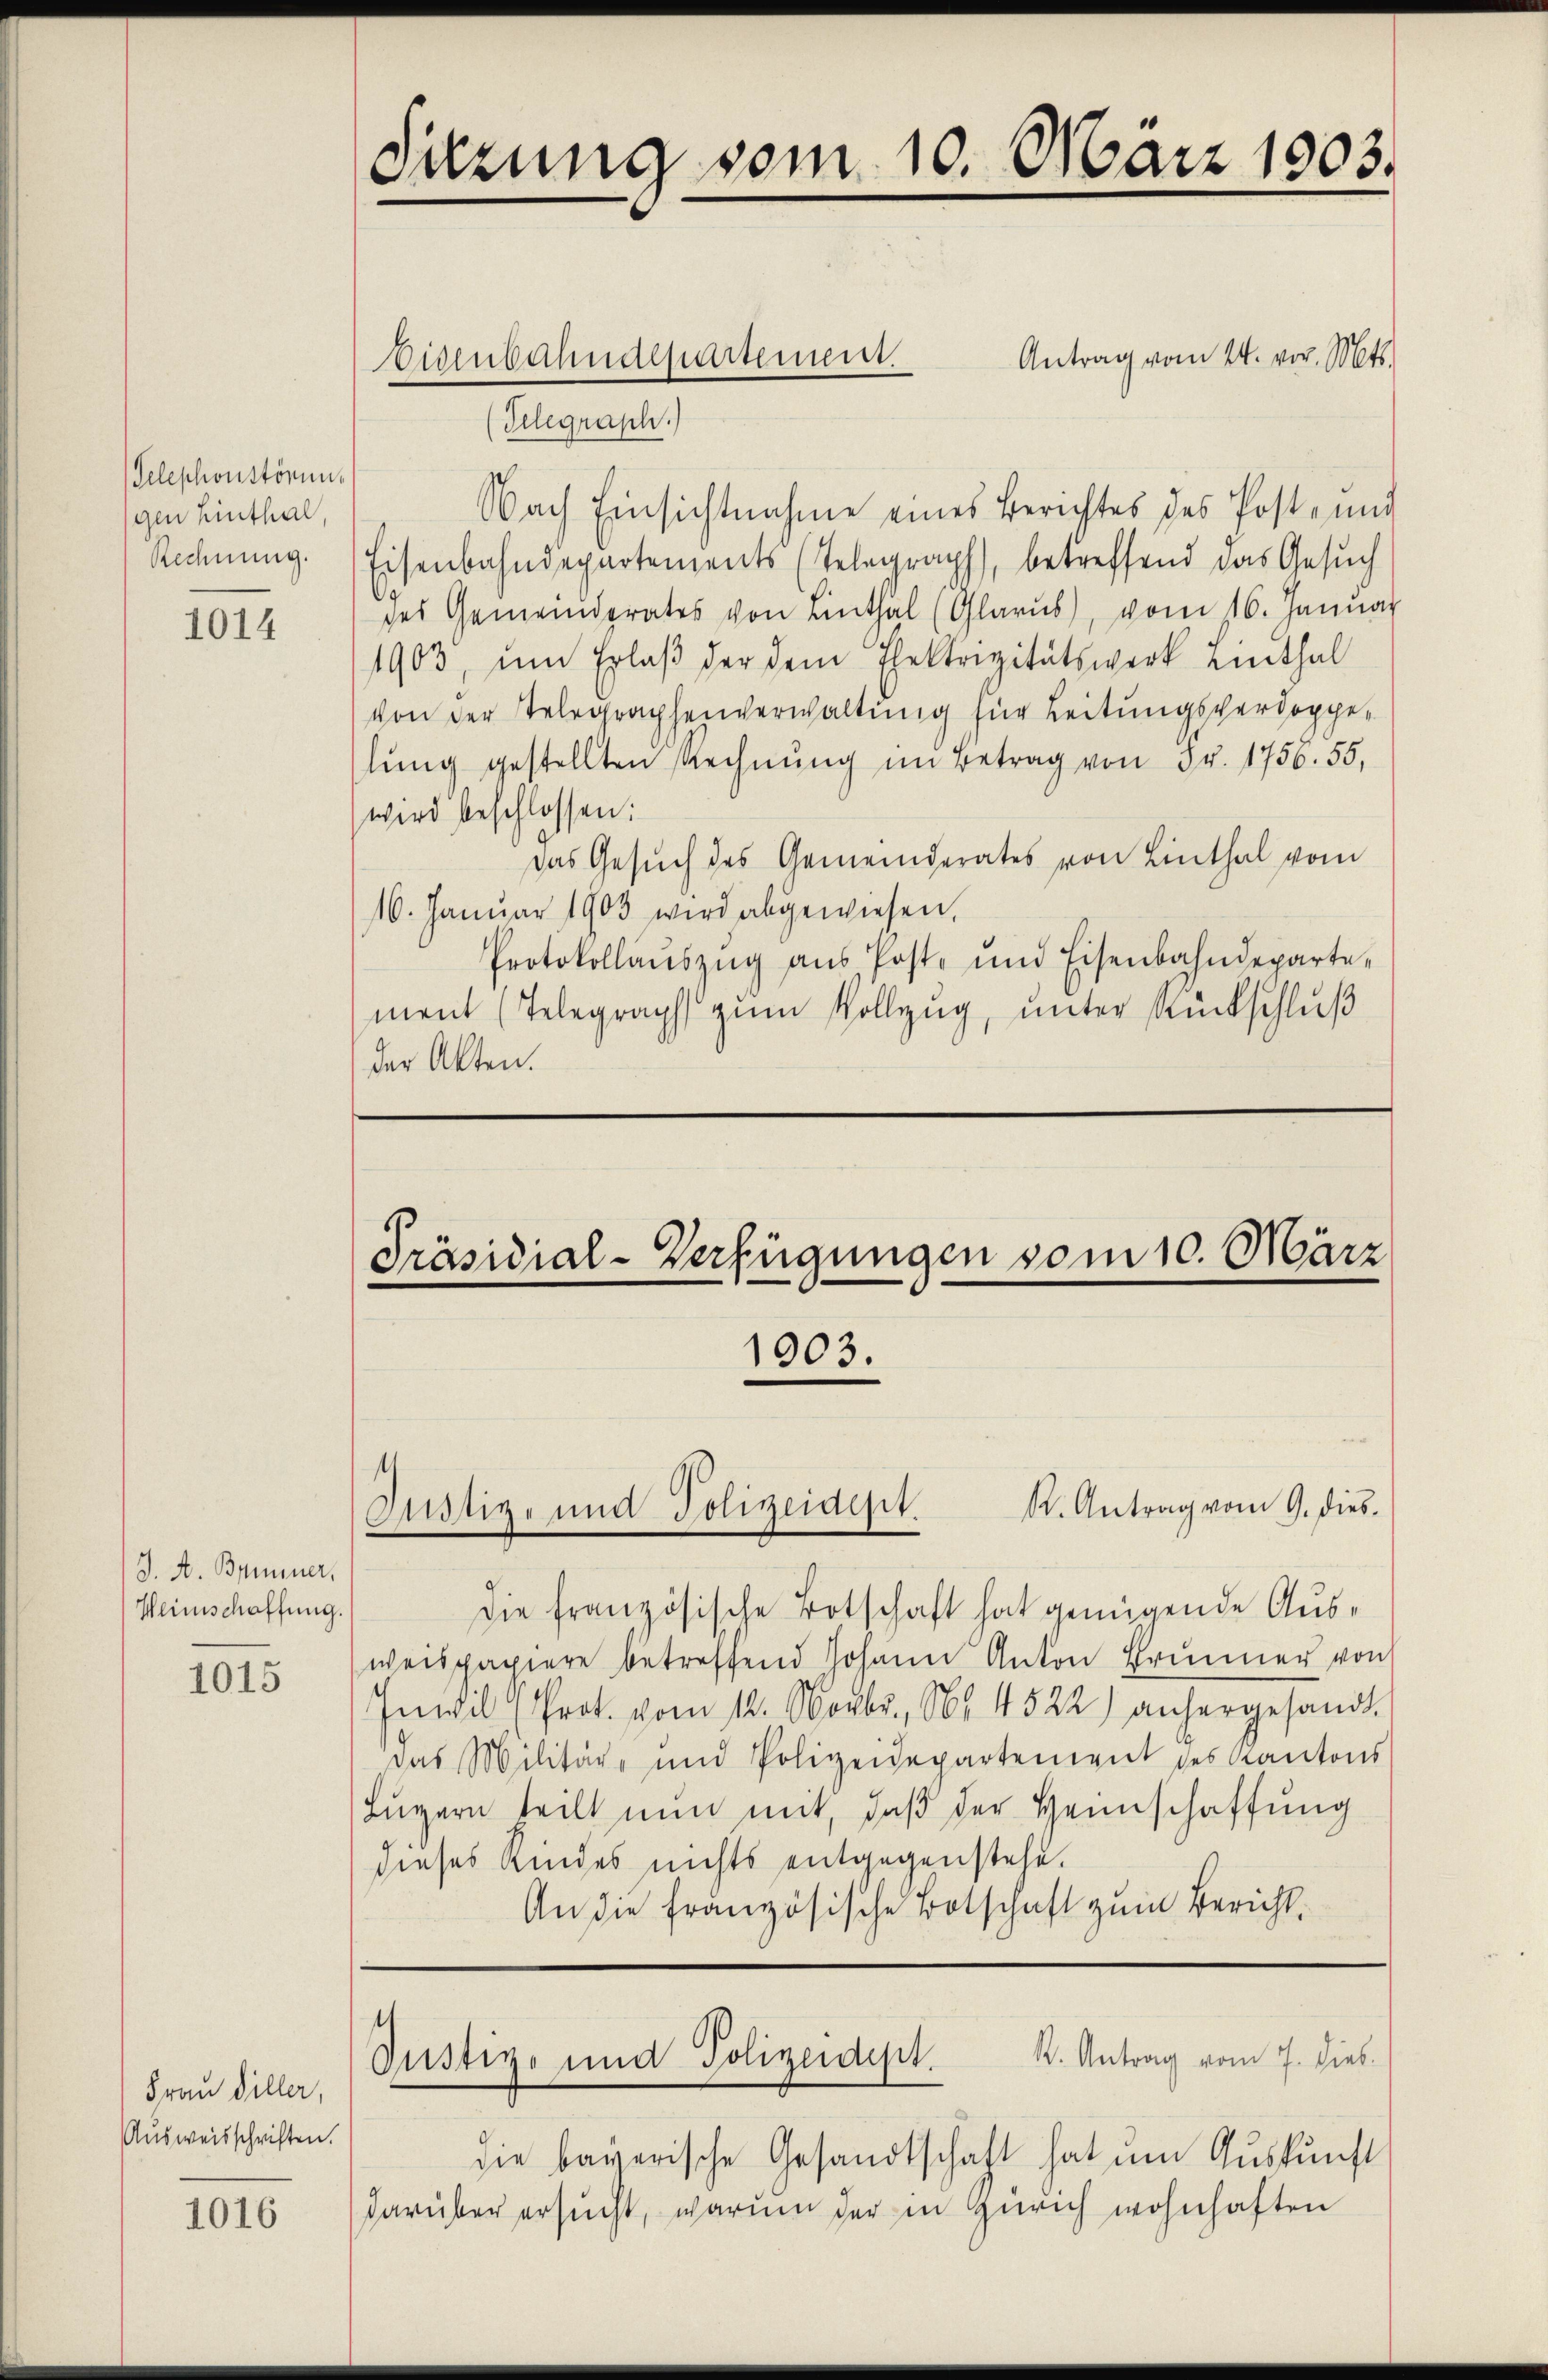
(Telephonstörung
gen Einthal,
Rechnung.

1014

J. A. Brunner,
Weinschaffung.

1015

Frau Diller,
Ausweisschriften.

1016

Antrag vom 24. vor. Mts.
Eisenbahndepartement.
(Telegraph.)
Nach Einsichtnahme eines Berichtes des Post- und
Eisenbahndepartements (Telegraph, betreffend das Gesuch
des Gemeinderates von Linthal (Glarus), vom 16. Januar
1903, ŭm Erlaβ der dem Ehestrizitätswerk Linthal
von der Telegraphenverwaltung für Leitungsverdoppelung gestellten Rechnung im Betrag von Fr. 1756. 55,
wird beschlossen:
Das Gesuch des Gemeinderates von Linthal vom
16. Januar 1903 wird abgewiesen,
Protokollaŭszŭg aŭs Poste und Eisenbahndepartement (Telegraph zum Vollzug, unter Rückschluß
der Akten.

Sitzung vom 10. März 1903.

Präsidial-Verfügungen vom 10. März

1903.

dDie französische Botschaft hat genügende Ausweispapiere betreffend Johann Anton Brunner von
Inwil (Prot. vom 12. Novbr., Nr. 4522) anhergesandt
Das Militär- und Polizeidepartement des Kantons
Luzern teilt nun mit, daß der Heimschaffung
dieses Kindes nichts entgegenstehe.
An die französische Botschaft zum Bericht.

t.
Justiz- und Polizeident.

t
Oustiz und Polizeidept

R. Antrag vom 9. dies

k. Antrag vom 7. Dieb
die bayerische Gesandtschaft hat um Auskunft
darüber ersucht, warum der in Zürich wohnhaften